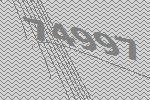
74997